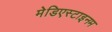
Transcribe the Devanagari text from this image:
मेडिएस्टाइनम